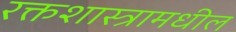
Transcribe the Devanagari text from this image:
रक्तशास्त्रामधील